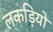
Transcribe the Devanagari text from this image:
लकड़ियो